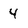
Character: 4